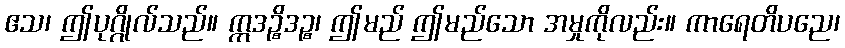
ဧသ၊ ဤပုဂ္ဂိုလ်သည်။ ဣဒဉ္စိဒဉ္စ၊ ဤမည် ဤမည်သော အမှုကိုလည်း။ ကာရေတိပညေ၊